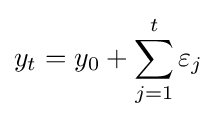
y_{t}=y_{0}+\sum _{j=1}^{t}\varepsilon _{j}